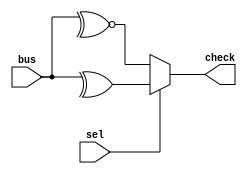
`timescale 1ns/1ns
module odd_sel(
input [31:0] bus,
input sel,
output check
);
    reg check1;
//*************code***********//
    always@(*)
        begin
            if(sel)
                check1=^bus;
            else
                check1=~^bus;
        end
            
assign check=check1;
//*************code***********//
endmodule